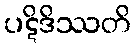
ပဋိဒိဿတိ